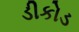
ડીકોડ